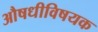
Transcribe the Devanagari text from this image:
औषधीविषयक